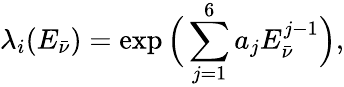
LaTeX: \lambda_{i}(E_{\bar{\nu}})=\exp\Big(\sum_{j=1}^{6}a_{j}E_{\bar{\nu}}^{j-1}\Big),